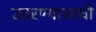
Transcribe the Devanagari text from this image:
उतरण्याआधी